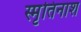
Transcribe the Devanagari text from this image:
स्मृतिनाश